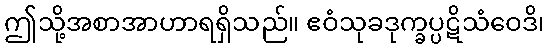
ဤသို့အစာအာဟာရရှိသည်။ ဧဝံသုခဒုက္ခပ္ပဋိသံဝေဒိ၊